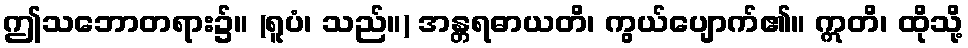
ဤသဘောတရား၌။ (ရူပံ၊ သည်။) အန္တရဓာယတိ၊ ကွယ်ပျောက်၏။ ဣတိ၊ ထိုသို့